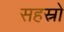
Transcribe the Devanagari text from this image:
सहस्रो